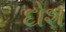
દોશ